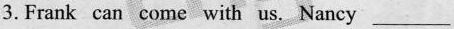
3.Frank can come with us. Nancy_________